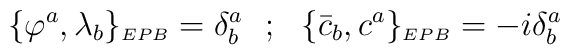
\{\varphi ^{a},\lambda_{b}\}_{\scriptscriptstyle EPB}=\delta^{a}_{b}~~;~~\{{\bar c}_{b},c^{a}\}_{\scriptscriptstyle EPB}=-i\delta^{a}_{b}